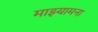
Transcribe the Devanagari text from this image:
माझ्यामना